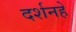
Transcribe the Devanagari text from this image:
दर्शनहे